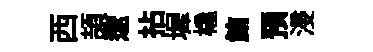
西頡遼拈墀橇鮪預浸